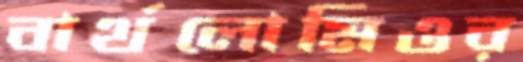
বার্থলোমিওর